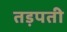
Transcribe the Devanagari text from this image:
तड़पती